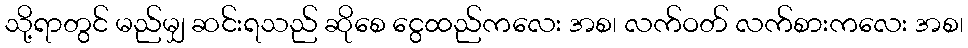
သို့ရာတွင် မည်မျှ ဆင်းရသည် ဆိုစေ ငွေထည်ကလေး အစ၊ လက်ဝတ် လက်စားကလေး အစ၊